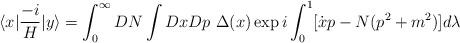
LaTeX: \begin{align*}\langle x| \frac{-i}{H}| y \rangle = \int_0^\infty DN\int Dx Dp \ \Delta(x) \exp{i \int_0^1 [\dot{x}p - N(p^2 + m^2)]d\lambda}\end{align*}